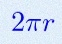
2\pi r